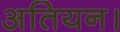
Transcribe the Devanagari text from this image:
अतियन।